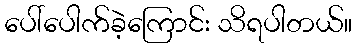
ပေါ်ပေါက်ခဲ့ကြောင်း သိရပါတယ်။